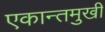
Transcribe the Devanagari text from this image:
एकान्तमुखी